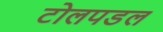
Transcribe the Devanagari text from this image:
टोलपडल